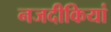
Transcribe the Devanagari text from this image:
नजदीकियां